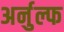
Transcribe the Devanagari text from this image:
अर्नुल्फ